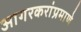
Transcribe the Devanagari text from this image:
आगरकरांप्रमाणे